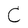
Character: C